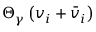
\boldsymbol { \Theta } _ { \gamma } \left( \boldsymbol { v } _ { i } + { \boldsymbol { \bar { v } } } _ { i } \right)